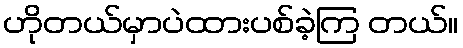
ဟိုတယ်မှာပဲထားပစ်ခဲ့ကြ တယ်။